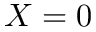
X = 0